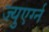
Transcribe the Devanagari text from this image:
ज्युएर्ग्न